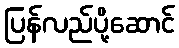
ပြန်လည်ပို့ဆောင်